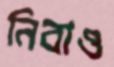
নিবাও